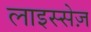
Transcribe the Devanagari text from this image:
लाइस्सेज़